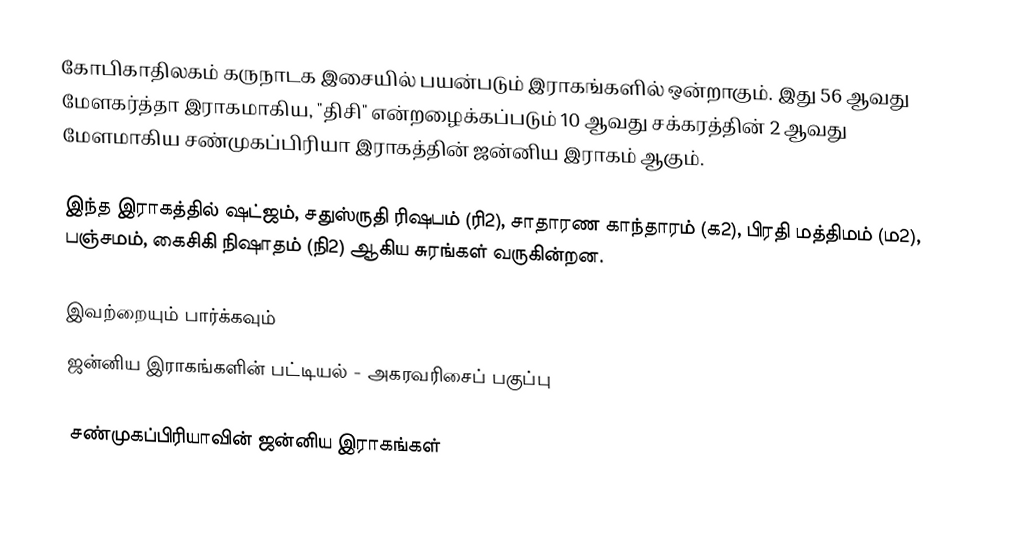
கோபிகாதிலகம் கருநாடக இசையில் பயன்படும் இராகங்களில் ஒன்றாகும். இது 56 ஆவது மேளகர்த்தா இராகமாகிய, "திசி" என்றழைக்கப்படும் 10 ஆவது சக்கரத்தின் 2 ஆவது மேளமாகிய சண்முகப்பிரியா இராகத்தின் ஜன்னிய இராகம் ஆகும்.

இந்த இராகத்தில் ஷட்ஜம், சதுஸ்ருதி ரிஷபம் (ரி2),  சாதாரண காந்தாரம் (க2), பிரதி மத்திமம் (ம2), பஞ்சமம், கைசிகி நிஷாதம்  (நி2) ஆகிய சுரங்கள் வருகின்றன.

இவற்றையும் பார்க்கவும்
 ஜன்னிய இராகங்களின் பட்டியல் - அகரவரிசைப் பகுப்பு

சண்முகப்பிரியாவின் ஜன்னிய இராகங்கள்